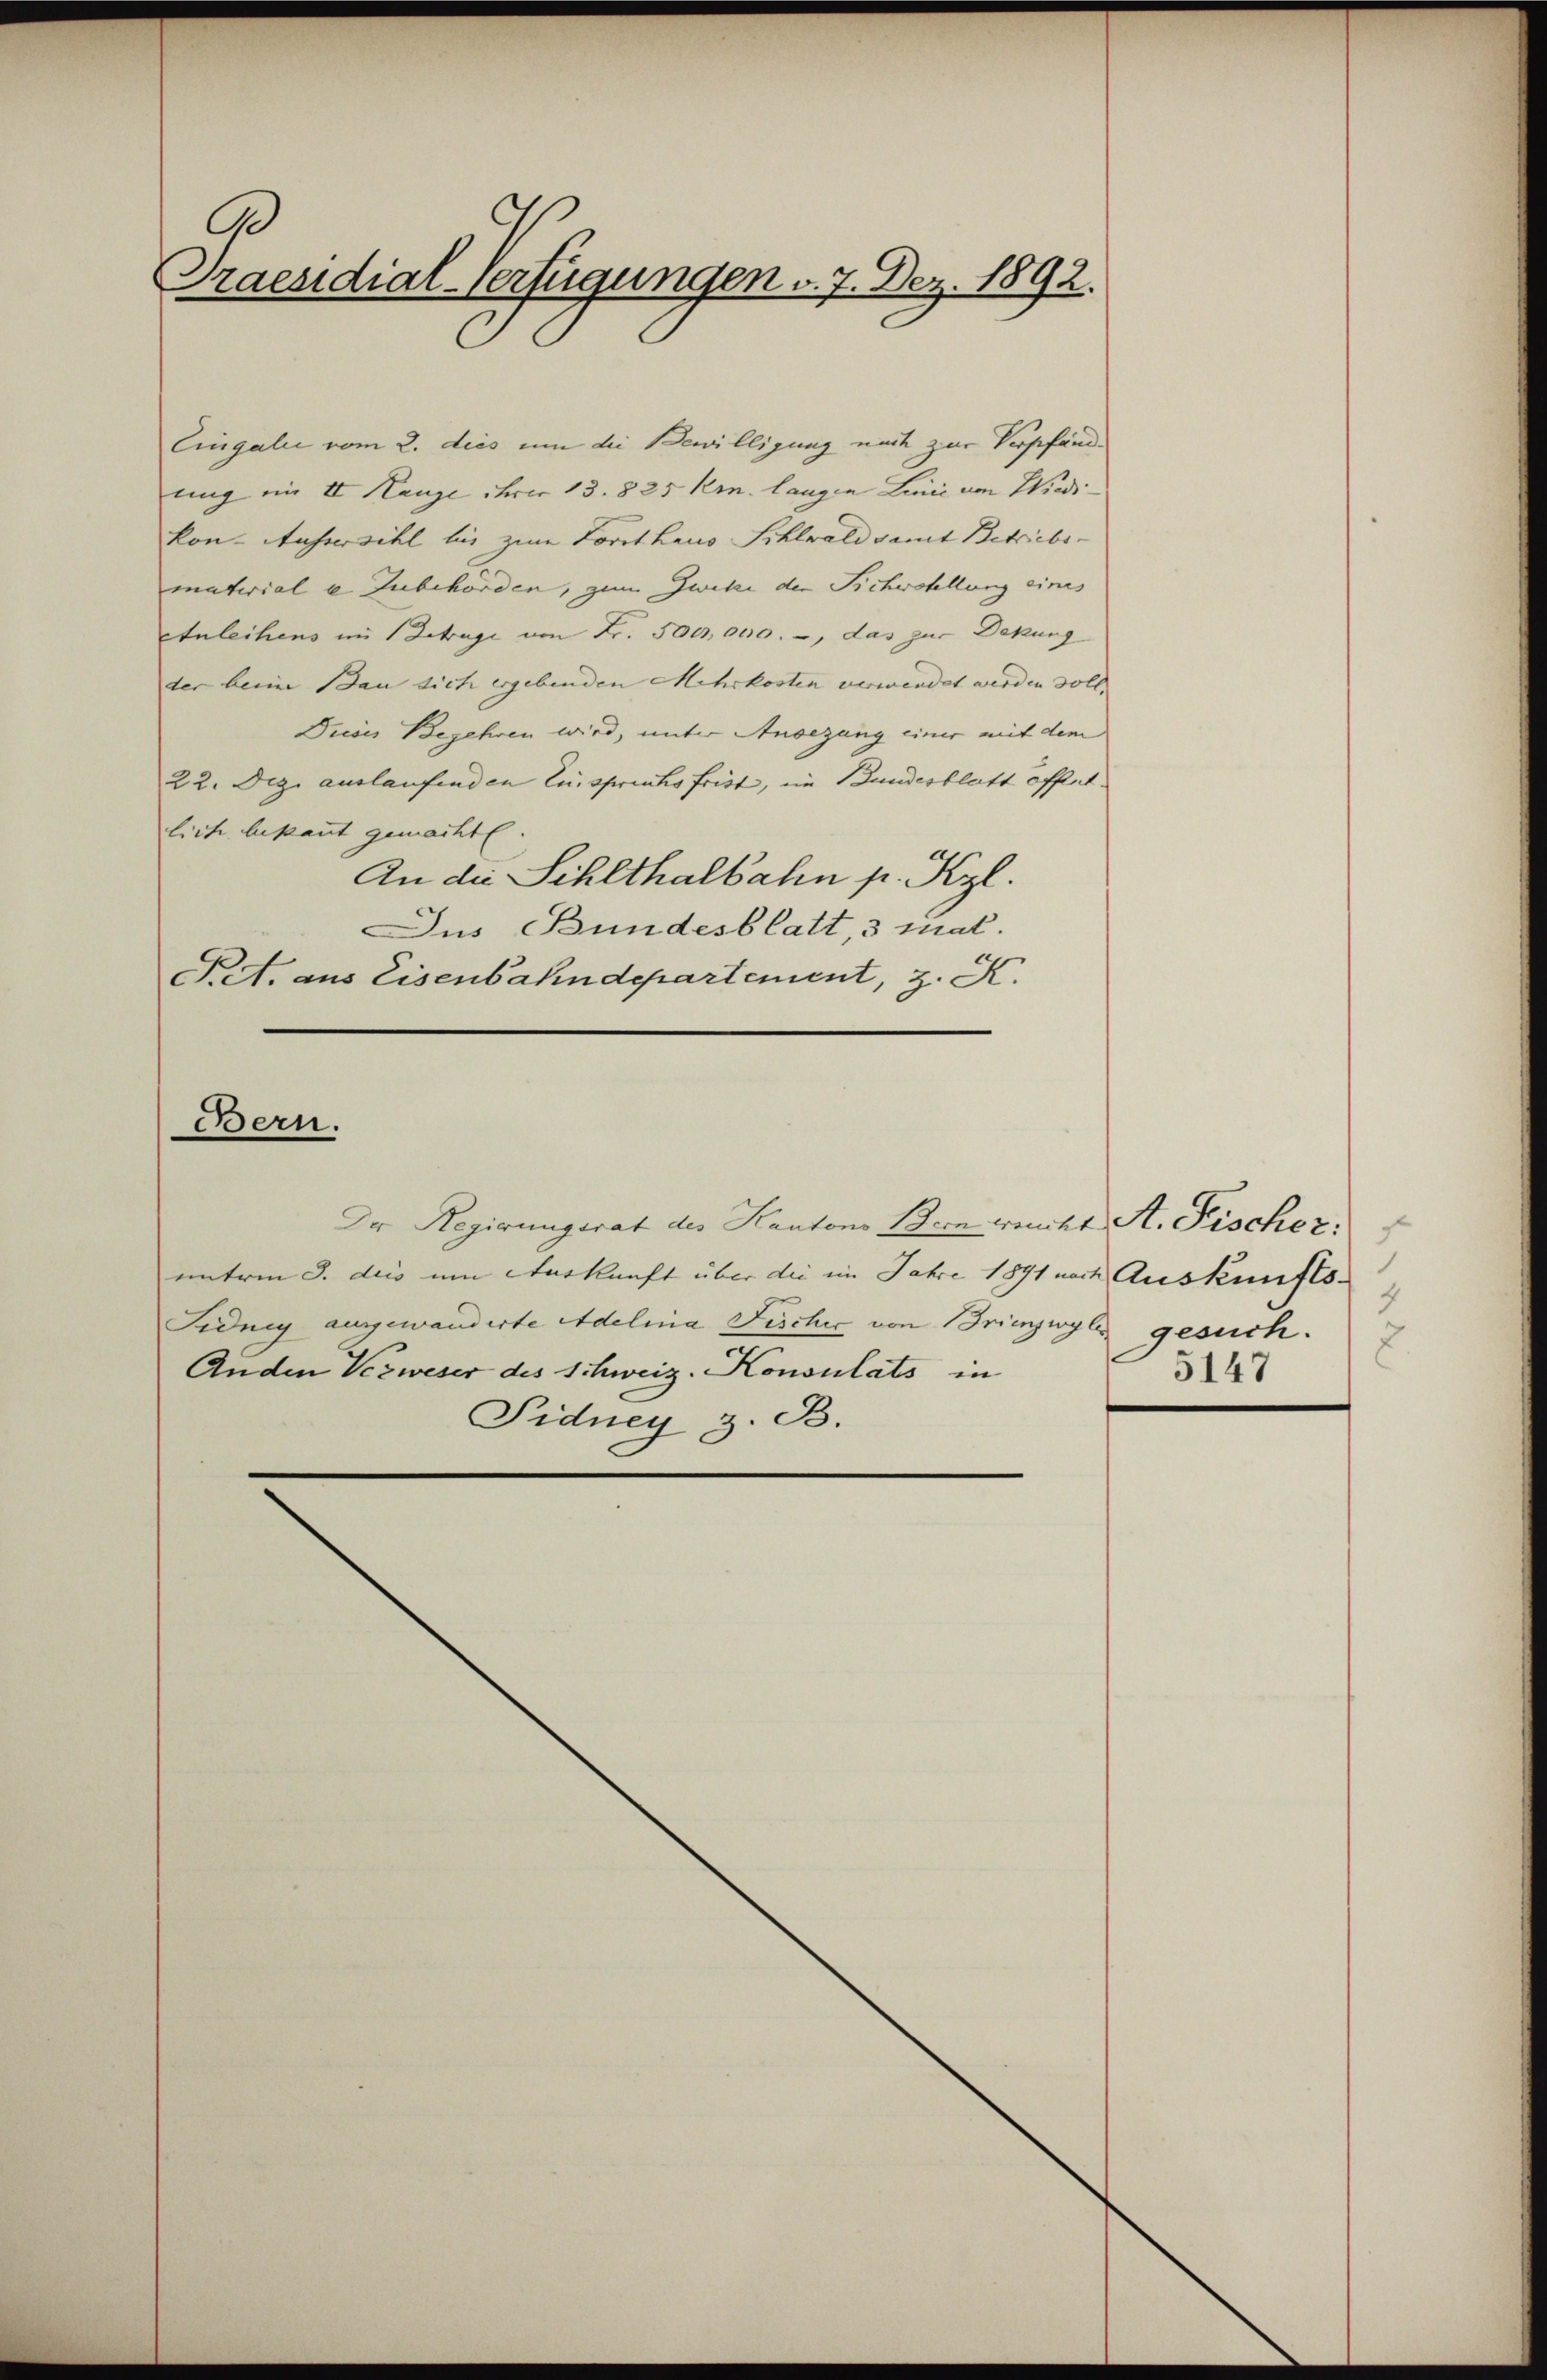
A
Praesidial-Verfügungen v. 7. Dez. 1892.

Eingalie vom 2. dies um die Bewilligung nach zur Verpfände
ung im II. Kanze ehrer 13. 825 Kr. langen Linie von Wiedi
kon-Aussersihl bis zum Forsthaus Sihlwald damit Betriebs-
materiale Zubehörden, zum Zweke der Sicherstellung eines
Anleihens im Betrage von Fr. 500,000.-, das zur Dekung
der beim Bau sich ergebenden Mehrkosten verwendet werden soll. |
Drisis Begehren wird, unter Ansezung einer mit dem
22. Dez. auslaufenden Einsprichsfrist, ein Bundesblatt öffet.
lich bekannt gemachte.
An die Sihlthalbahn p. Kzl.
Ius Bundesblatt, 3 mal.
Fet. aus Eisenbahndepartement, z. K.

Bern.

Der Regierungsrat des Kantons Bern weicht A. Fischer:
unterm 3. des um Auskunft über die im Jahre 1891 nach Auskunfts-
Fidney angewanderte Adelina Fischer von Brienzwyl gesuch.
Anden Verweser des Schweiz. Konsulats in
Fidney z. B.

4
2.
5147